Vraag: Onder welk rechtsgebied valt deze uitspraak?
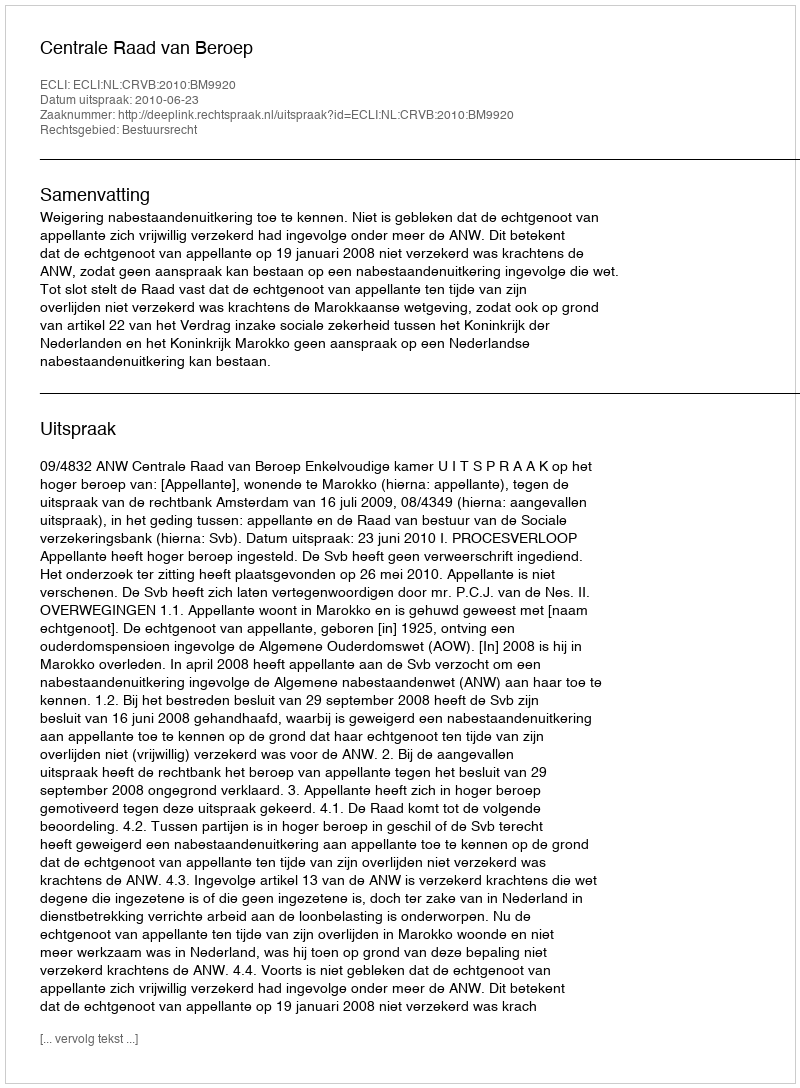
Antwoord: Bestuursrecht